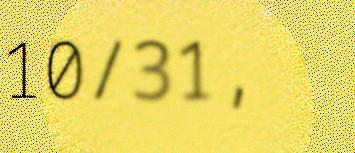
10/31,